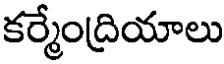
కర్మేంద్రియాలు